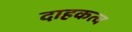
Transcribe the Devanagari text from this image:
दाहकत्व